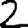
Digit: 2